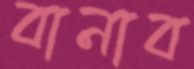
বানাব